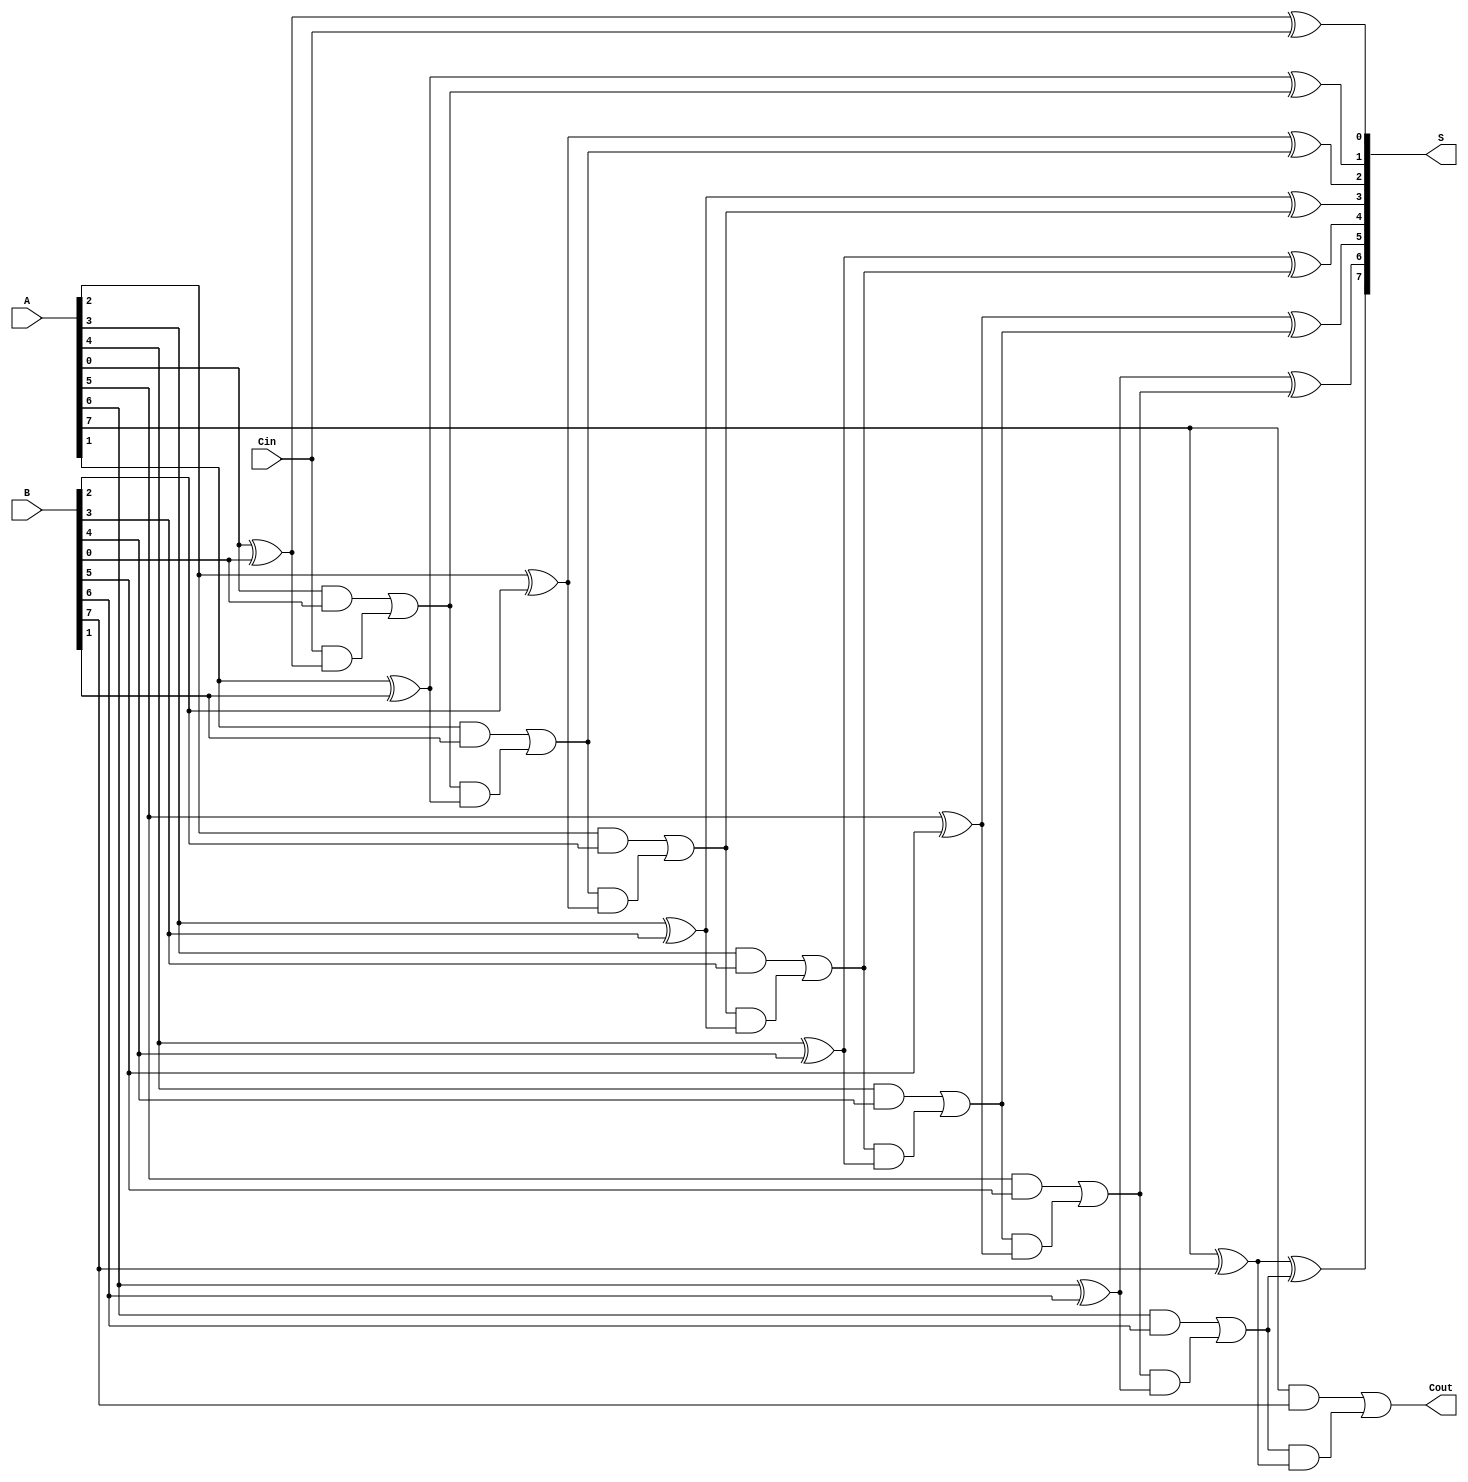
module Manchester_Carry_Chain_Adder #(parameter n = 8) (
    input  [n-1:0] A,      // First n-bit input
    input  [n-1:0] B,      // Second n-bit input
    input           Cin,    // Carry-in
    output [n-1:0] S,      // n-bit sum output
    output          Cout     // Carry-out
);
    wire [n:0] C; // Carry signals

    // Initial carry-in
    assign C[0] = Cin;

    // Sum and carry calculations
    genvar i;
    generate
        for (i = 0; i < n; i = i + 1) begin : carry_chain
            // Calculate sum for each bit
            assign S[i] = A[i] ^ B[i] ^ C[i];

            // Calculate carry for next stage
            assign C[i+1] = (A[i] & B[i]) | (C[i] & (A[i] ^ B[i]));
        end
    endgenerate

    // Final carry-out
    assign Cout = C[n];

endmodule